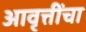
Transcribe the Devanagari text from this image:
आवृत्तींचा